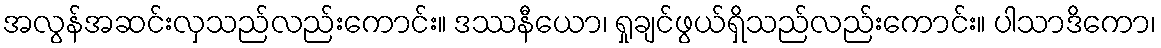
အလွန်အဆင်းလှသည်လည်းကောင်း။ ဒဿနီယော၊ ရှုချင်ဖွယ်ရှိသည်လည်းကောင်း။ ပါသာဒိကော၊